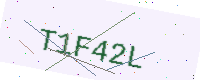
Text: T1F42L